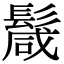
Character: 𩮏